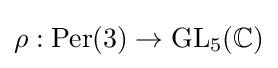
\rho :{\text{Per}}(3)\to {\text{GL}}_{5}(\mathbb {C} )